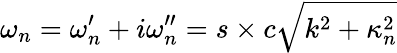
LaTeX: \omega_{n}=\omega_{n}^{\prime}+i\omega_{n}^{\prime\prime}=s\times c\sqrt{k^{2}+\kappa_{n}^{2}}